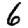
Digit: 6